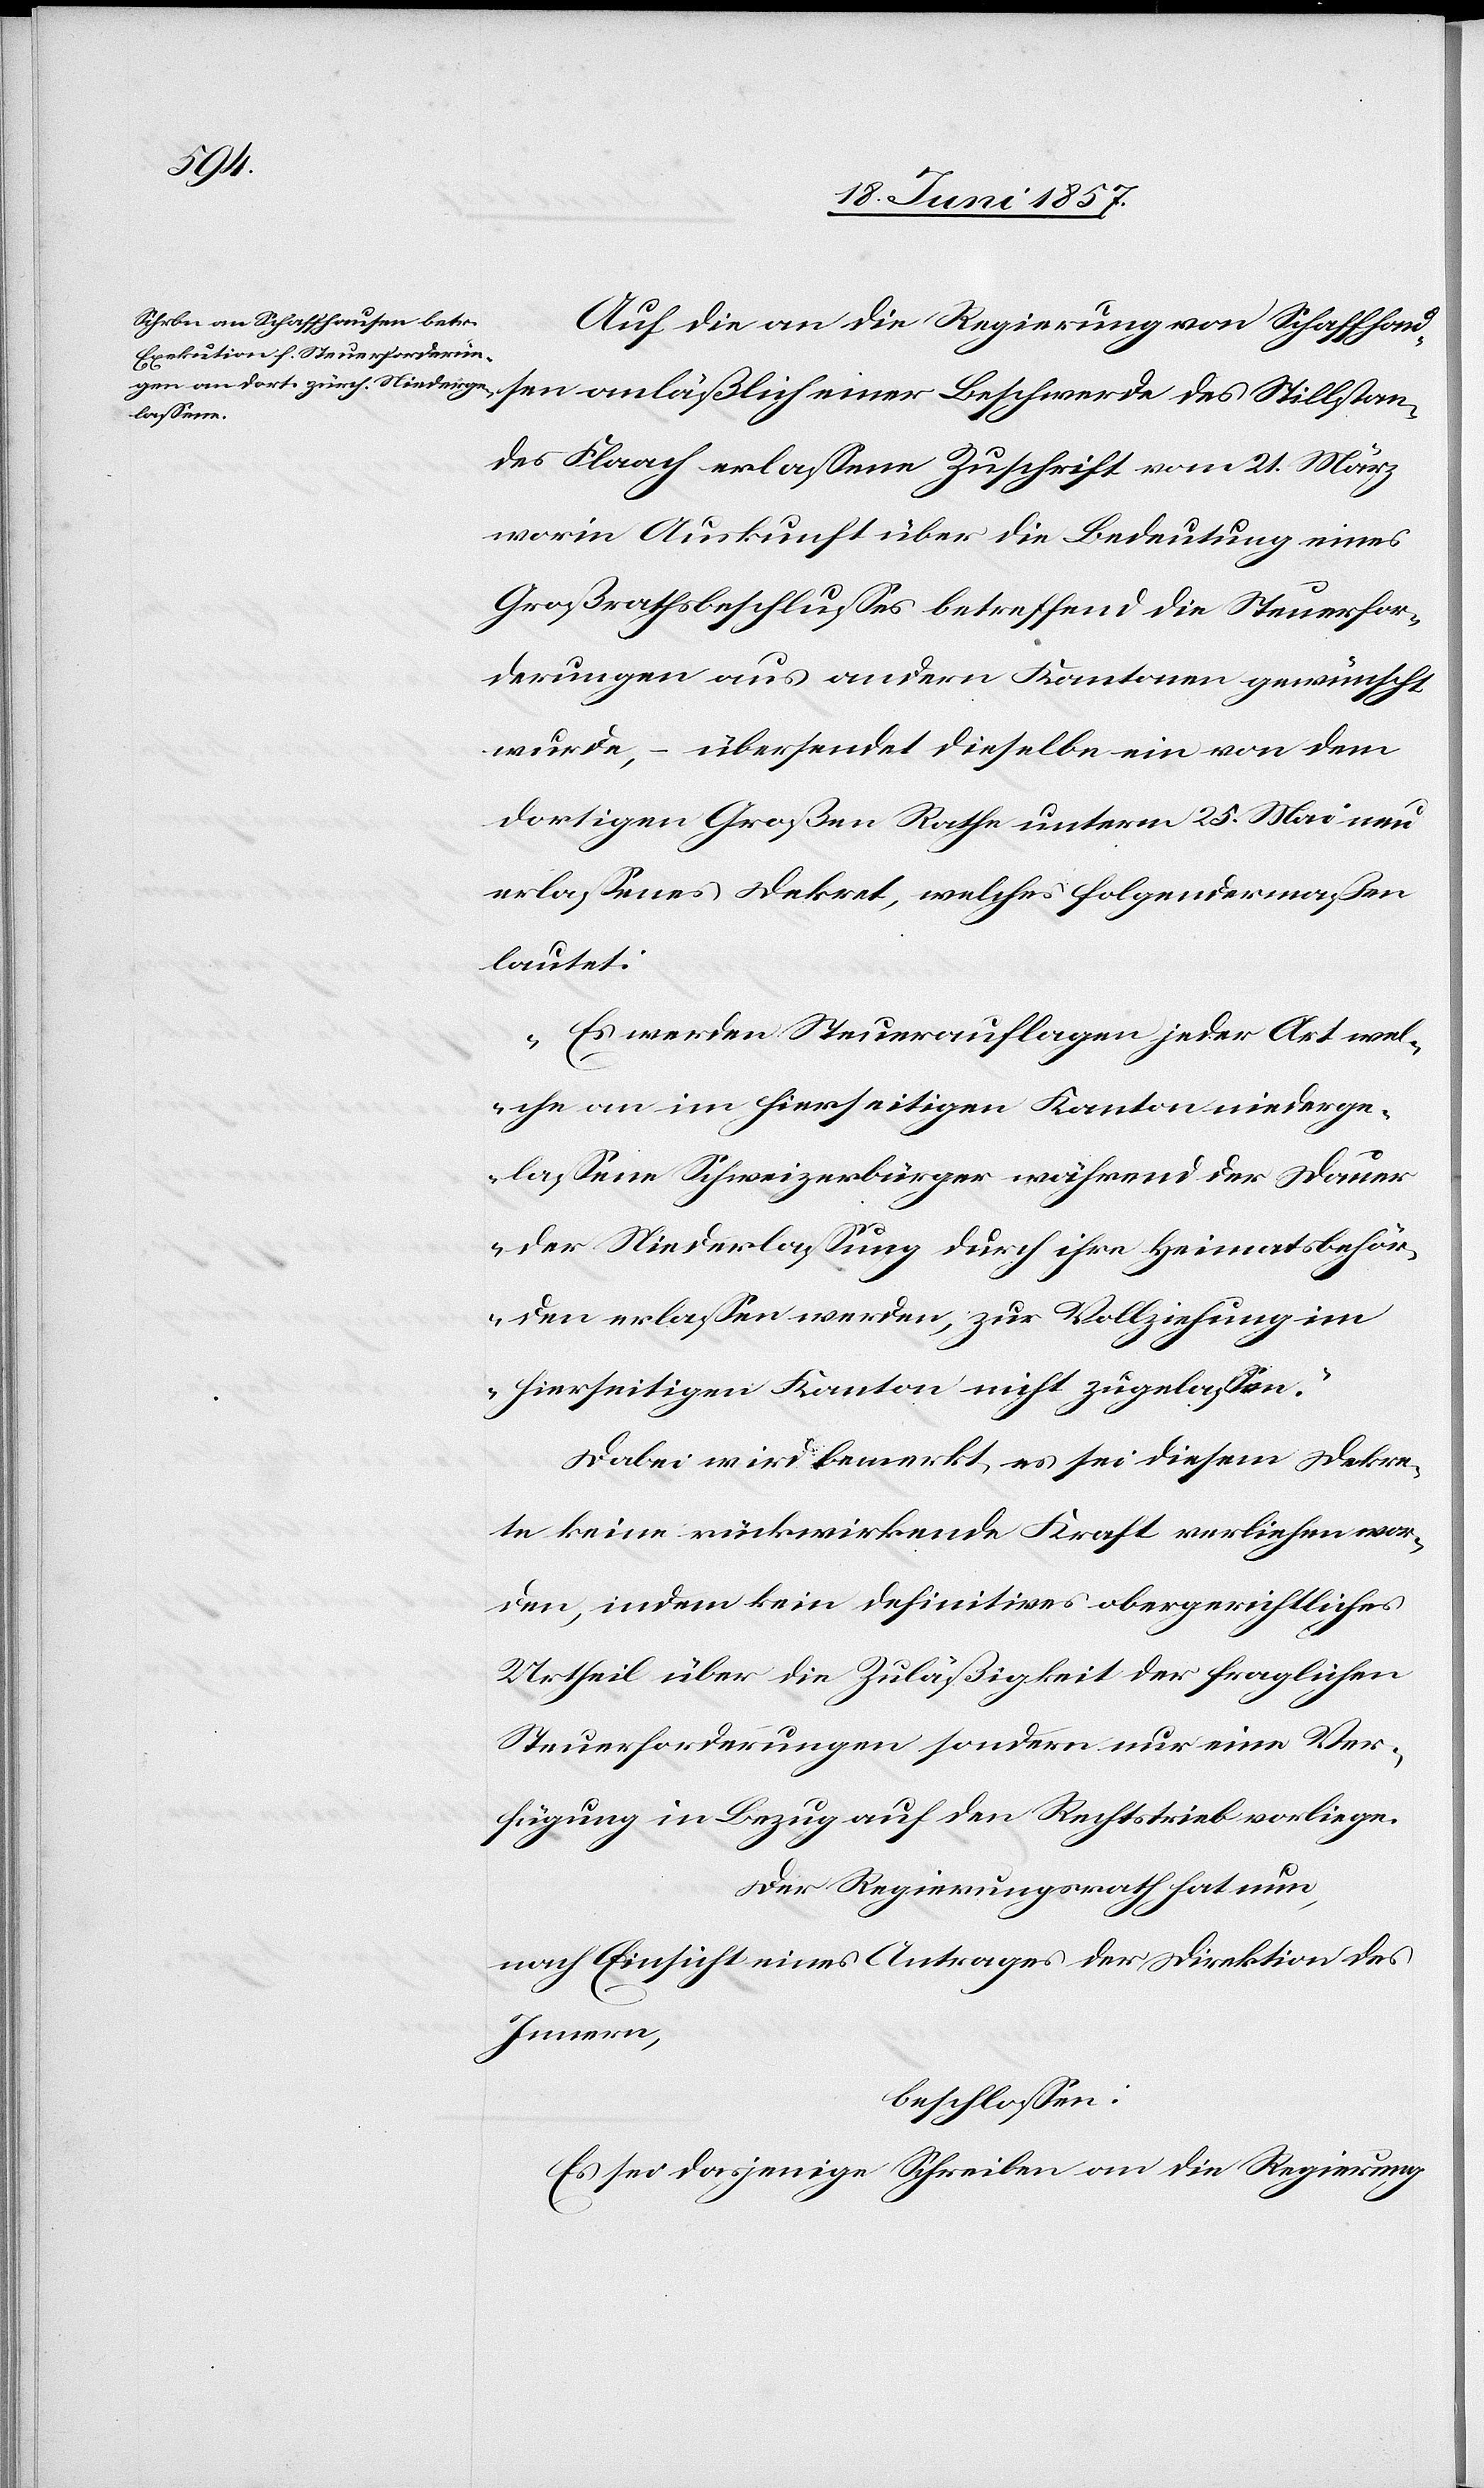
Auf die an die Regierung von Schaffhaus¬
lstan¬
des Flaach erlassene Zuschrift vom 21 März
worin Auskunft über die Bedeutung eines
Großrathsbeschlusses betreffend die Steuerfor¬
derungen aus andern Kantonen gewünscht
wurde, – übersendet dieselbe ein von dem
dortigen Großen Rathe unterm 25 Mai neu
erlassenes Dekret, welches folgendermaßen
lautet:
„Es werden Steuerauflagen jeder Art wel¬
che an im hierseitigen Kanton niederge¬
lassene Schweizerbürger während der Dauer
der Niederlassung durch ihre Heimatsbehör¬
den erlassen werden, zur Vollziehung im
hierseitigen Kanton nicht zugelassen.“
Dabei wird bemerkt, es sei diesem Dekre¬
te keine rückwirkende Kraft verliehen wor¬
den, indem kein definitives obergerichtliches
Urtheil über die Zuläßigkeit der fraglichen
Steuerforderungen sondern nur eine Ver¬
fügung in Bezug auf den Rechtstrieb vorliege.
Der Regierungsrath hat nun,
nach Einsicht eines Antrages der Direktion des
Innern,
beschlossen:
Es sei dasjenige Schreiben an die Regierung